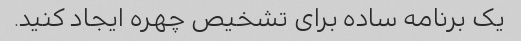
یک برنامه ساده برای تشخیص چهره ایجاد کنید.